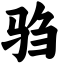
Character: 驺